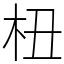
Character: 杻